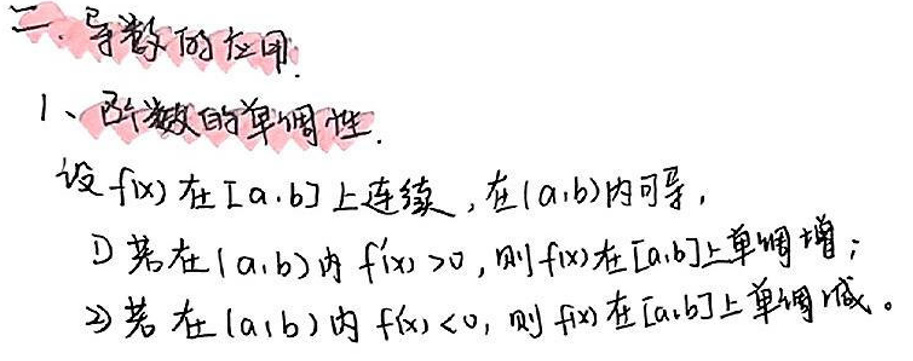
导数的应用

1、函数的单调性

设\(f(x)\)在\([a,b]\)上连续，在\((a,b)\)内可导，
\begin{enumerate}
    \item 若在\((a,b)\)内\(f^{\prime}(x)>0\)，则\(f(x)\)在\([a,b]\)上单调递增；
    \item 若在\((a,b)\)内\(f^{\prime}(x)<0\)，则\(f(x)\)在\([a,b]\)上单调递减。
\end{enumerate}